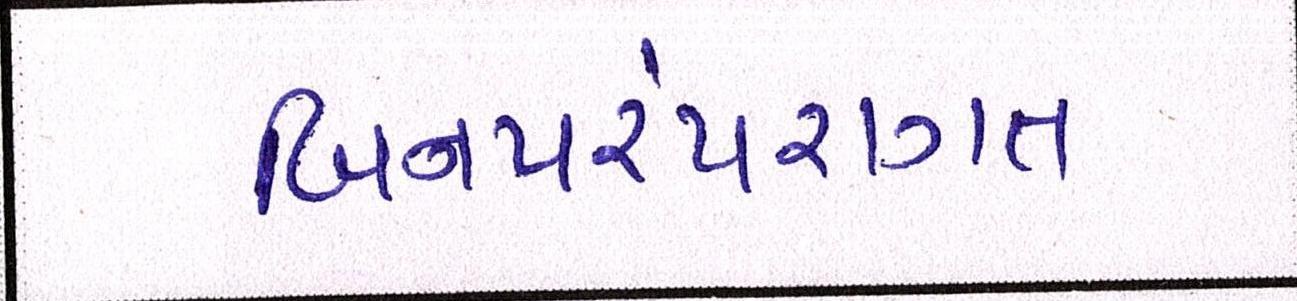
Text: બિનપરંપરાગત